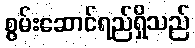
စွမ်းဆောင်ရည်ရှိသည်